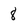
Character: 8